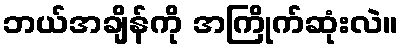
ဘယ်အချိန်ကို အကြိုက်ဆုံးလဲ။